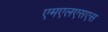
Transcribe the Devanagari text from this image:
एमएलएसएस